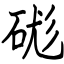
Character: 硥